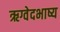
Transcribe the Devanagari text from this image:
ऋग्वेदभाष्य